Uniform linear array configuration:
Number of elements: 24
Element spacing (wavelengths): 1
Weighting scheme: kaiser
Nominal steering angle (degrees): -30
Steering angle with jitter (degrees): -28.823
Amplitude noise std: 0.05
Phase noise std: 0.05

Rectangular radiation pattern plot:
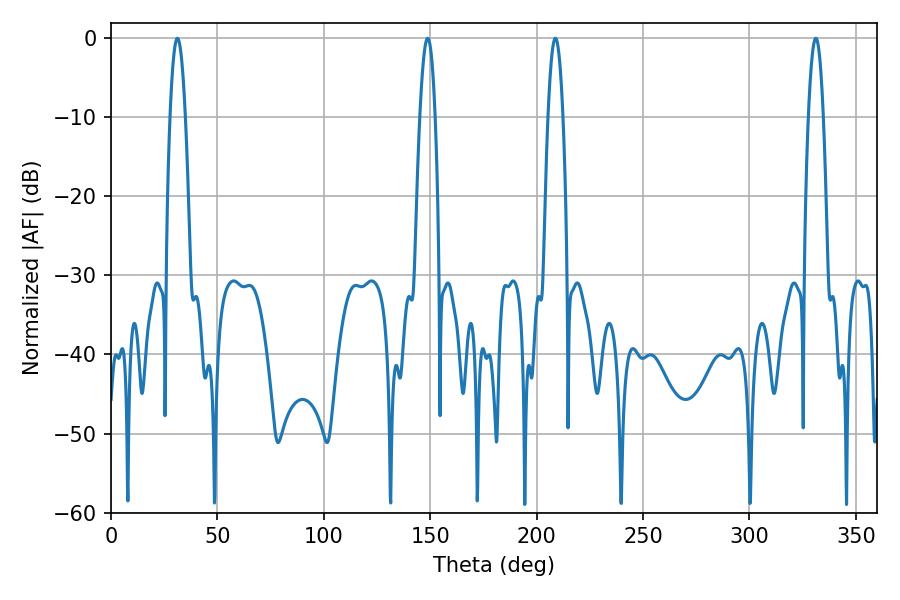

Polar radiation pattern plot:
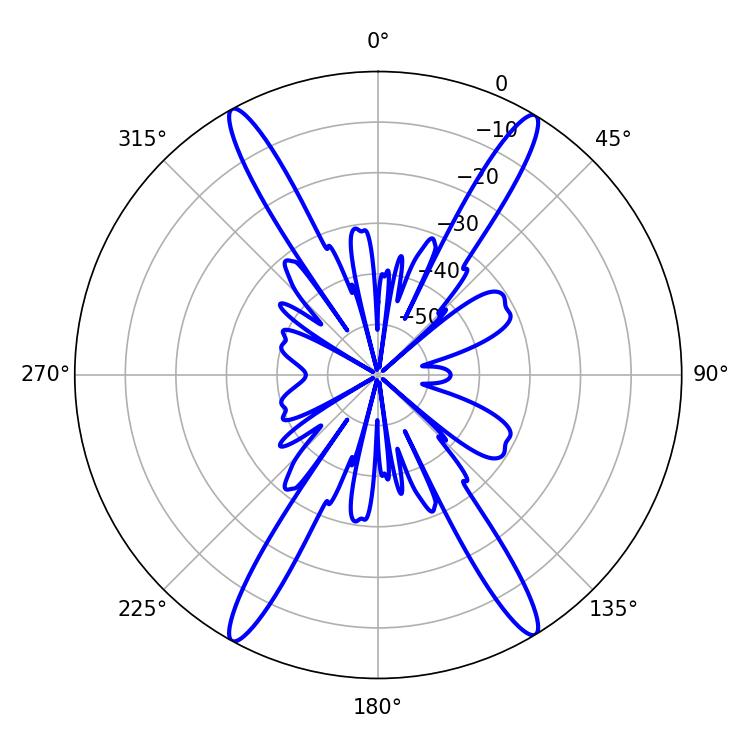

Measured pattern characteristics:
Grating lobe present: TRUE
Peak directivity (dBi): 24.202
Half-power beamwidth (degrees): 3.78
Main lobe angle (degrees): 208.8